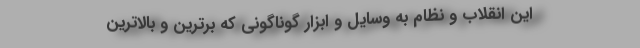
این انقلاب و نظام به وسایل و ابزار گوناگونی که برترین و بالاترین